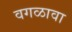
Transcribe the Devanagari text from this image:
वगळावा